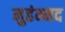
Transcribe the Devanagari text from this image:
मुहंम्मद